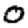
Digit: 0